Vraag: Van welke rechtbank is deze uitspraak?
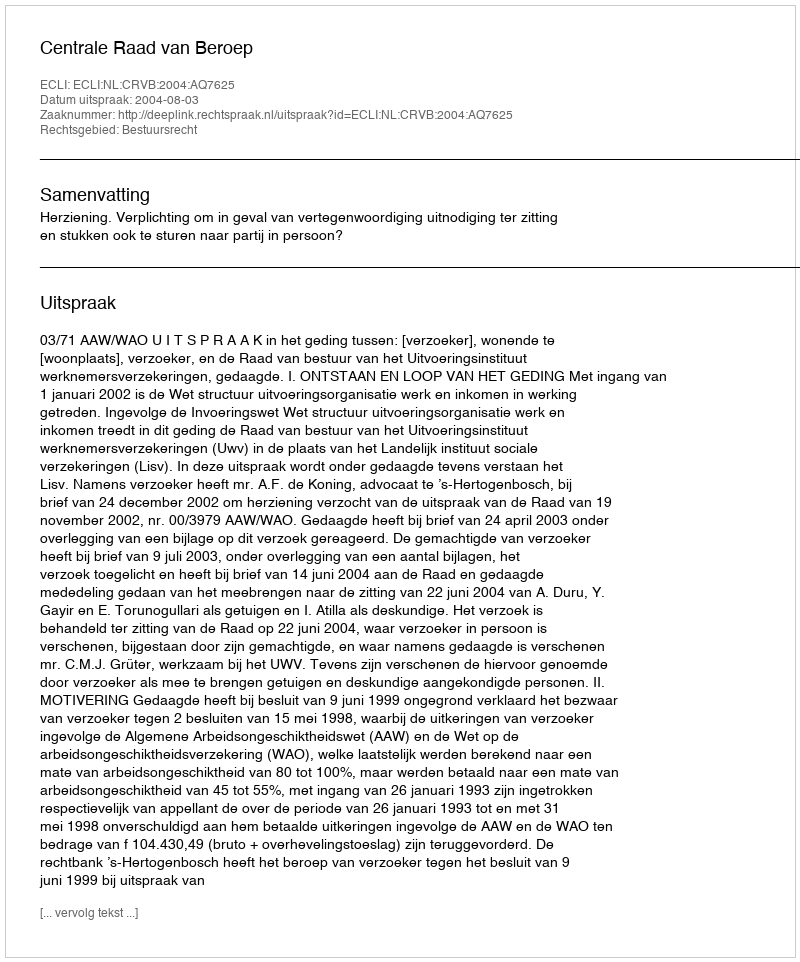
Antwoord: Centrale Raad van Beroep